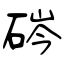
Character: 硶